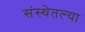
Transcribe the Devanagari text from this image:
संस्थेतल्या